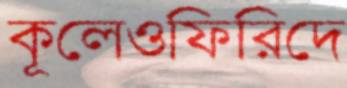
কূলেওফিরিদে